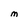
Character: M